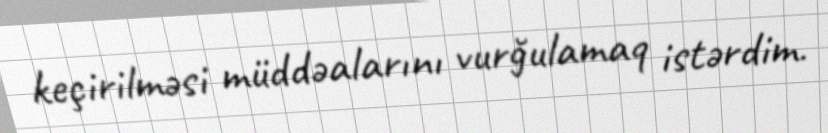
keçirilməsi müddəalarını vurğulamaq istərdim.